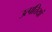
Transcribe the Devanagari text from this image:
उत्पत्तियां